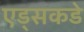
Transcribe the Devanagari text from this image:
एड्‌सकडे